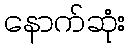
နောက်ဆုံး